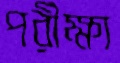
পরীক্ষা